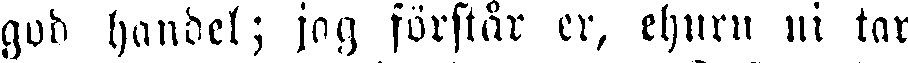
gud handel; jag förstår er, ehuru ni tar